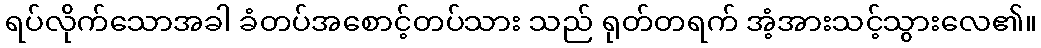
ရပ်လိုက်သောအခါ ခံတပ်အစောင့်တပ်သား သည် ရုတ်တရက် အံ့အားသင့်သွားလေ၏။